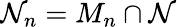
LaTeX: \mathcal{N}_{n}=M_{n}\cap\mathcal{N}